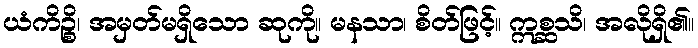
ယံကိဉ္စိ၊ အမှတ်မရှိသော ဆုကို။ မနသာ၊ စိတ်ဖြင့်။ ဣစ္ဆသိ၊ အလိုရှိ၏။